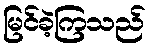
မြင်ခဲ့ကြသည်